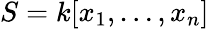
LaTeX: S=k[x_{1},\dots,x_{n}]